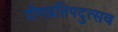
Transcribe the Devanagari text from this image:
दीपप्रतिपदुत्सव